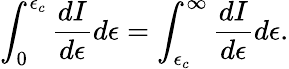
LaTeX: \int_{0}^{\epsilon_{c}}\frac{dI}{d\epsilon}d\epsilon=\int_{\epsilon_{c}}^{\infty}\frac{dI}{d\epsilon}d\epsilon.